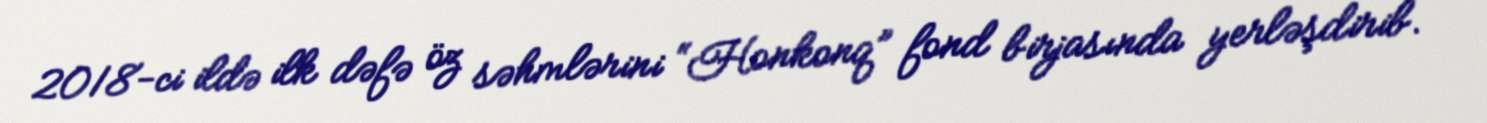
2018-ci ildə ilk dəfə öz səhmlərini “Honkonq” fond birjasında yerləşdirib.